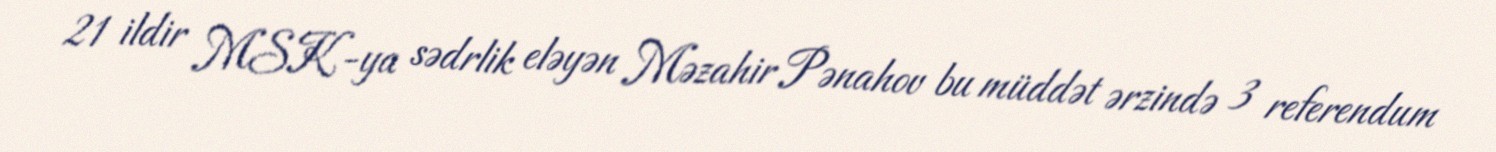
21 ildir MSK-ya sədrlik eləyən Məzahir Pənahov bu müddət ərzində 3 referendum